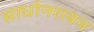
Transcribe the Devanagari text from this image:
साधोनरायन